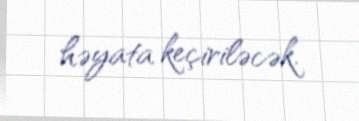
həyata keçiriləcək.